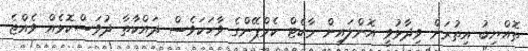
ތޮއްޔިބު އިތުރަށް ވިދާޅުވީ އޮންލައިން މާކެޓް ކެމްޕޭންގެ ވާހަކަވެސް ދައްކާތާ ދުވަސްކޮޅެއް ވެއްޖެ